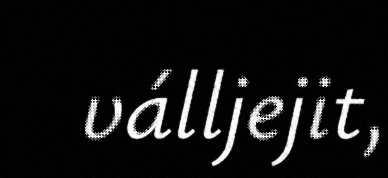
válljejit,